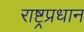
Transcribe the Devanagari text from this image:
राष्ट्रप्रधान